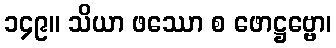
၁၄၉။ သိယာ ဖဿော စ ဖောဋ္ဌဗ္ဗော၊